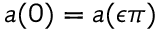
a ( 0 ) = a ( \epsilon \pi )